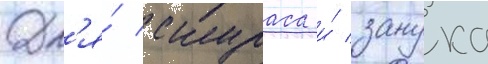
Дл'я́ скураса и́ занука